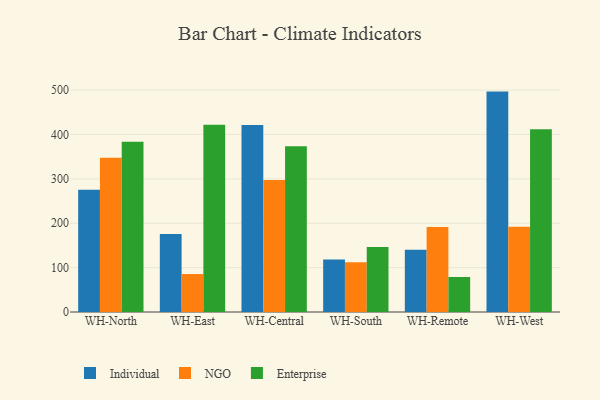
{"axis": {"x": "Warehouse", "y": "Customer Acquisition Cost (USD)"}, "legend": ["Enterprise", "Individual", "NGO"], "data": [{"x": "WH-North", "y": 275.2, "type": "Individual"}, {"x": "WH-North", "y": 347.6, "type": "NGO"}, {"x": "WH-North", "y": 383.4, "type": "Enterprise"}, {"x": "WH-East", "y": 175.9, "type": "Individual"}, {"x": "WH-East", "y": 85.5, "type": "NGO"}, {"x": "WH-East", "y": 422.1, "type": "Enterprise"}, {"x": "WH-Central", "y": 421.1, "type": "Individual"}, {"x": "WH-Central", "y": 297.3, "type": "NGO"}, {"x": "WH-Central", "y": 373.4, "type": "Enterprise"}, {"x": "WH-South", "y": 118.2, "type": "Individual"}, {"x": "WH-South", "y": 112.1, "type": "NGO"}, {"x": "WH-South", "y": 146.6, "type": "Enterprise"}, {"x": "WH-Remote", "y": 140.4, "type": "Individual"}, {"x": "WH-Remote", "y": 191.2, "type": "NGO"}, {"x": "WH-Remote", "y": 78.9, "type": "Enterprise"}, {"x": "WH-West", "y": 496.5, "type": "Individual"}, {"x": "WH-West", "y": 191.8, "type": "NGO"}, {"x": "WH-West", "y": 411.8, "type": "Enterprise"}]}